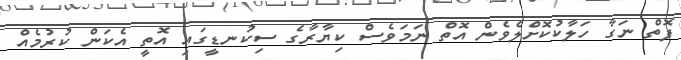
ފޮތް ނަގާ ހަލާކުކޮށްލެވެން އޮތް ނަމަވެސް ކިޔާރާގެ ސިކުނޑީގައި އޮތީ އެކަން ކުރުމެއް